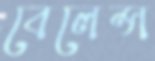
বেলেন্স